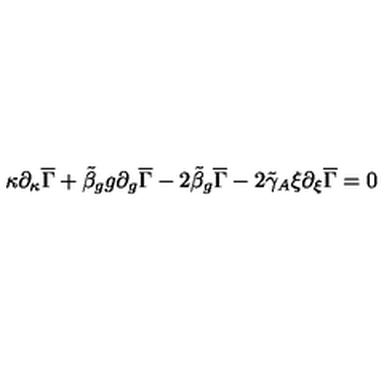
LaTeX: \kappa \partial _ { \kappa } \overline { { \Gamma } } + \tilde { \beta } _ { g } g \partial _ { g } \overline { { \Gamma } } - 2 \tilde { \beta } _ { g } \overline { { \Gamma } } - 2 \tilde { \gamma } _ { A } \xi \partial _ { \xi } \overline { { \Gamma } } = 0